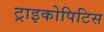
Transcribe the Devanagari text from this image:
ट्राइकोपिटिस